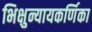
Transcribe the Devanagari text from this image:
भिक्षुन्यायकर्णिका